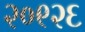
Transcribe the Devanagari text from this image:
२०९२६